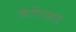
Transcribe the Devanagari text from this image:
कोंगनाड